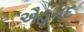
ઐહમદ